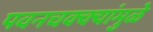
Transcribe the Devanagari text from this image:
पवनचक्‍क्‍यांमुळे